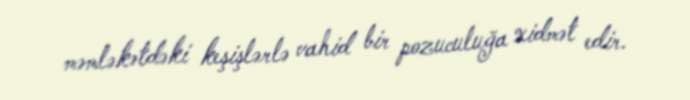
məmləkətdəki keşişlərlə vahid bir pozuculuğa xidmət edir.